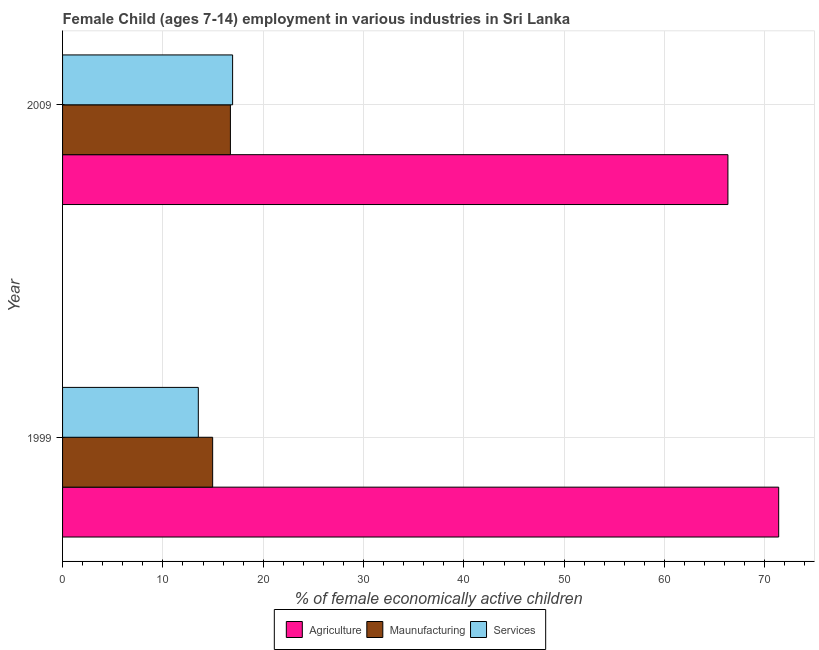
| Year | Agriculture | Maunufacturing | Services |
 | --- | --- | --- | --- |
 | 1999 | 71.4 | 15 | 13.5 |
 | 2009 | 66.3 | 16.7 | 16.9 |